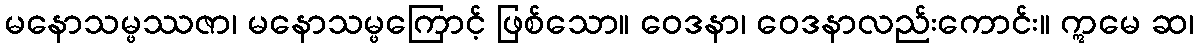
မနောသမ္ဖဿဇာ၊ မနောသမ္ဖကြောင့် ဖြစ်သော။ ဝေဒနာ၊ ဝေဒနာလည်းကောင်း။ ဣမေ ဆ၊